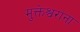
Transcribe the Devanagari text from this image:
मुक्तेश्वरांना